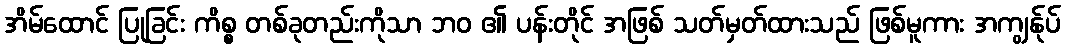
အိမ်ထောင် ပြုခြင်း ကိစ္စ တစ်ခုတည်းကိုသာ ဘဝ ၏ ပန်းတိုင် အဖြစ် သတ်မှတ်ထားသည် ဖြစ်မူကား အကျွန်ုပ်